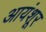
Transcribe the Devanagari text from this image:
आयंशूर